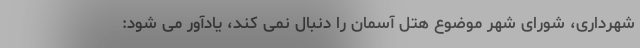
شهرداری، شورای شهر موضوع هتل آسمان را دنبال نمی کند، یادآور می شود: